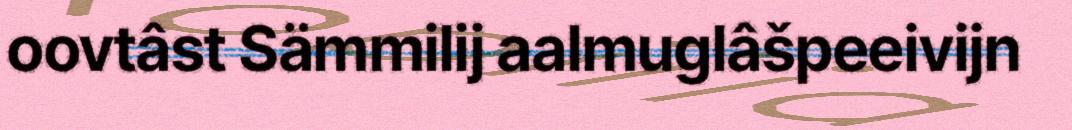
oovtâst Sämmilij aalmuglâšpeeivijn